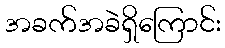
အခက်အခဲရှိကြောင်း